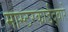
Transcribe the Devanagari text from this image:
मास्टरकार्डद्वारे